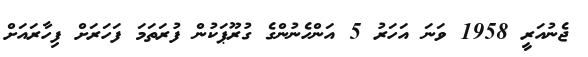
ޖެނުއަރީ 1958 ވަނަ އަހަރު 5 އަންހެނުންގެ ގުރޫޕަކުން ފުރަތަމަ ފަހަރަށް ފިހާރައަށް